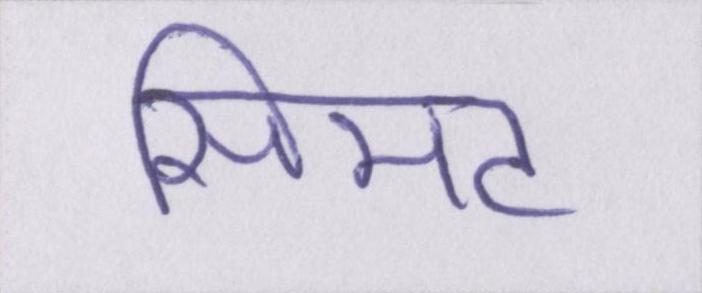
सिमट